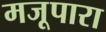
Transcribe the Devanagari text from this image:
मजूपारा